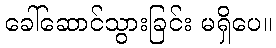
ခေါ်ဆောင်သွားခြင်း မရှိပေ။